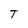
Character: T